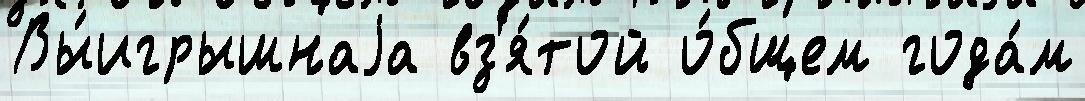
Вы́игрышнаjа вз'я́той о́бщем года́м